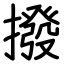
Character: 撥